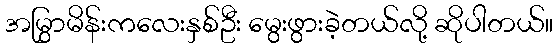
အမြွှာမိန်းကလေးနှစ်ဦး မွေးဖွားခဲ့တယ်လို့ ဆိုပါတယ်။